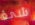
شئ